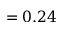
= 0 . 2 4